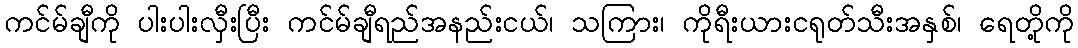
ကင်မ်ချီကို ပါးပါးလှီးပြီး ကင်မ်ချီရည်အနည်းငယ်၊ သကြား၊ ကိုရီးယားငရုတ်သီးအနှစ်၊ ရေတို့ကို